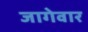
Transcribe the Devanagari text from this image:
जागेवार